Leaving Certificate Examination (including Day School Certificate (Higher) General paper), 1934
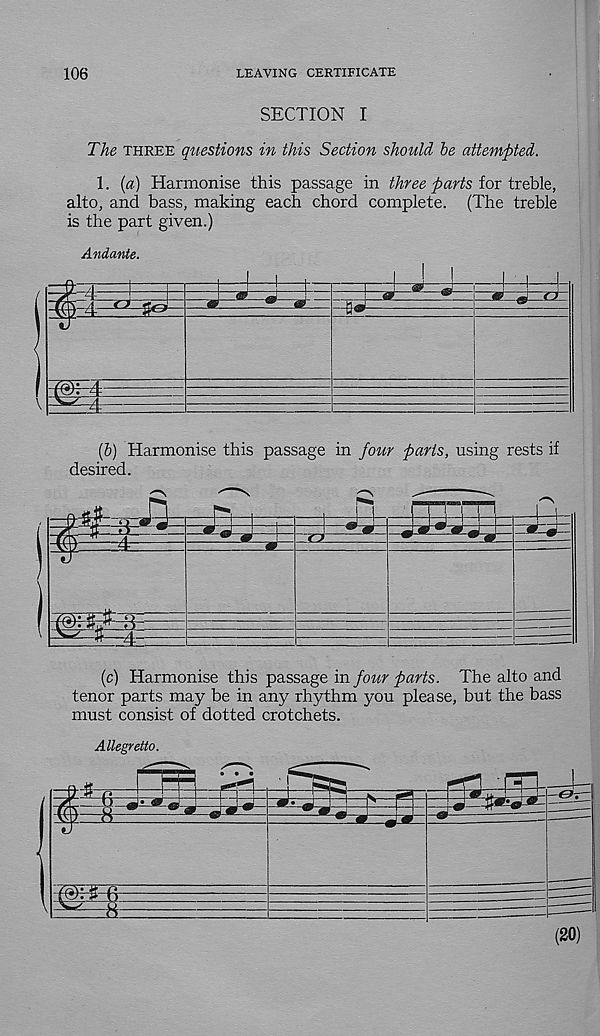
106
LEAVING CERTIFICATE
SECTION I
The three questions in this Section should be attempted.
1. {a) Harmonise this passage in three parts for treble,
alto, and bass, making each chord complete. (The treble
is the part given.)
Andante.
(b) Harmonise this passage in four parts, using rests if
desired.
(c) Harmonise this passage in four parts. The alto and
tenor parts may be in any rhythm you please, but the bass
must consist of dotted crotchets.
Allegretto.